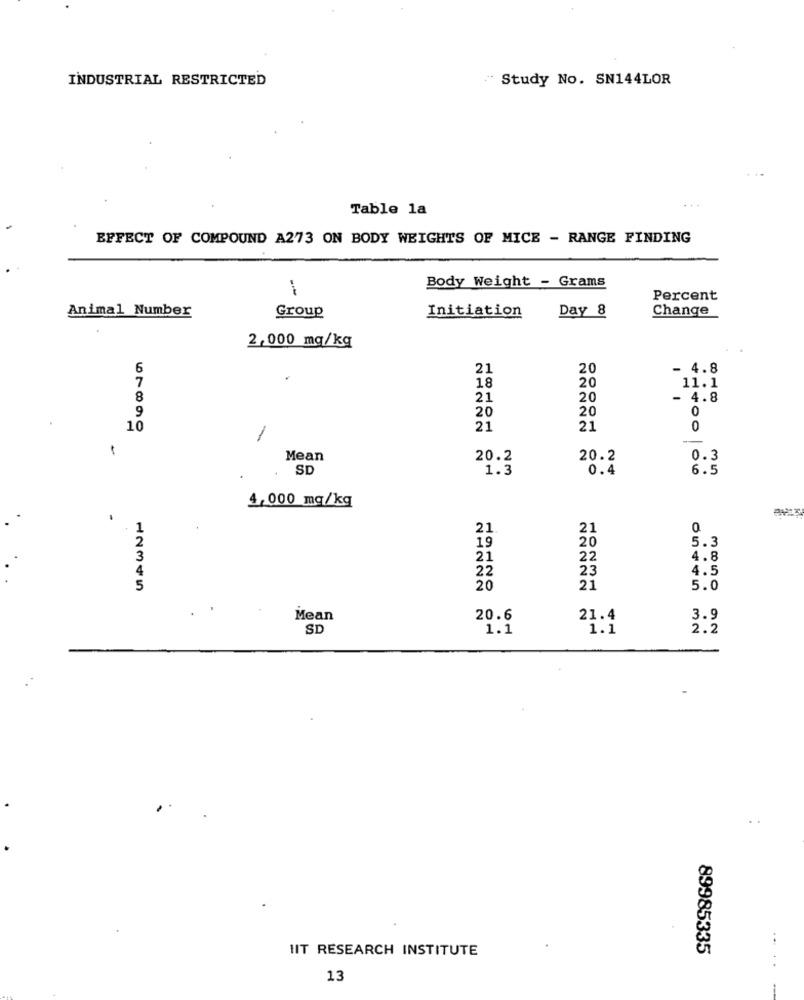
INDUSTRIAL RESTRICTED
Study No. SN144LOR
Table la
EFFECT OF COMPOUND A273 ON BODY WEIGHTS OF MICE - RANGE FINDING
Body Weight - Grams
Percent
Animal Number
Initiation
Day 8
Change
Group
2,000 mg/kg
6
21
20
- 4.8
7
20
18
11.1
8
21
20
- 4.8
9
20
0
20
10
21
21
0
-
Mean
20.2
20.2
0.3
SD
1.3
0.4
6.5
4,000 mg/kg
21
21
20
5.3
19
3
21
22
4.8
22
23
4.5
5
12345
20
21
5.0
Mean
20.6
21.4
3.9
SD
1.1
1.1
2.2
IIT RESEARCH INSTITUTE
89985335
.....
13
1